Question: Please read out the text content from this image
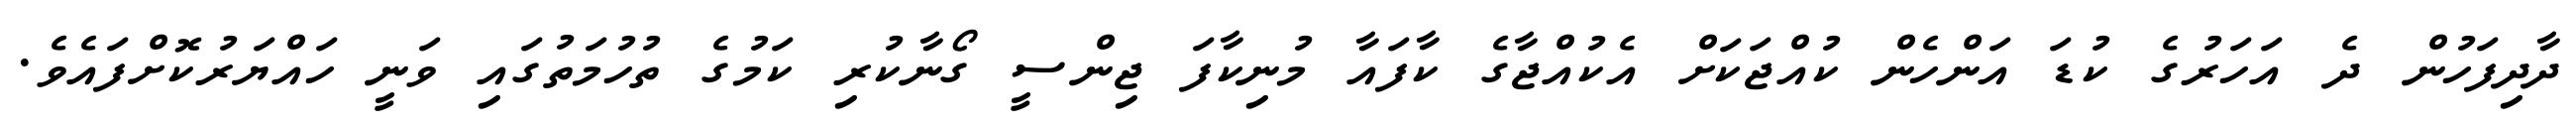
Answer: ދާދިފަހުން ދެ އަހަރުގެ ކުޑަ އަންހެން ކުއްޖަކަށް އެކުއްޖާގެ ކާފައާ މުނިކާފަ ޖިންސީ ގޯނާކުރި ކަމުގެ ތުހުމަތުގައި ވަނީ ހައްޔަރުކޮށްފައެވެ.